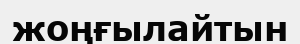
жоңғылайтын